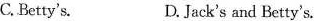
C, Betty's. D.Jack's and Betty's.